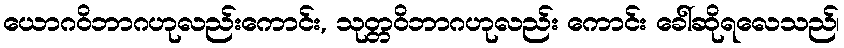
ယောဂဝိဘာဂဟုလည်းကောင်း, သုတ္တဝိဘာဂဟုလည်း ကောင်း ခေါ်ဆိုရလေသည်၊